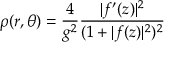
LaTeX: \rho ( r , \theta ) = \frac 4 { g ^ { 2 } } \frac { | f ^ { \prime } ( z ) | ^ { 2 } } { ( 1 + | f ( z ) | ^ { 2 } ) ^ { 2 } }